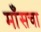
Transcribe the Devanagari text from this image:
माँसचा